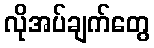
လိုအပ်ချက်တွေ